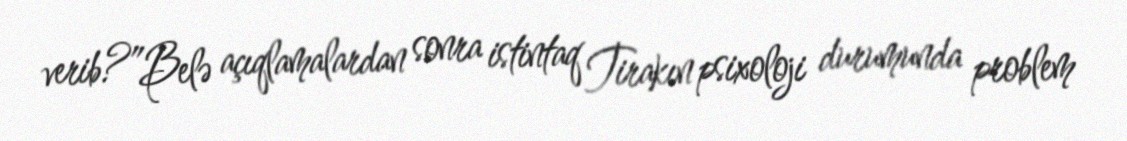
verib?”Belə açıqlamalardan sonra istintaq Tirakın psixoloji durumunda problem